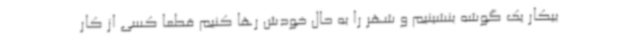
بیکار یک گوشه بنشینیم و شهر را به حال خودش رها کنیم قطعا کسی از کار